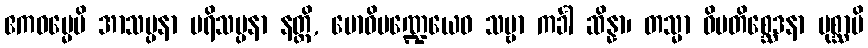
ဧကဓမ္မေပိ အာသပ္ပနာ ပရိသပ္ပနာ နတ္ထိ, ဗောဓိမဏ္ဍေယေဝ သဗ္ဗာ ကင်္ခါ ဆိန္နာ၊ တသ္မာ ဝိမတိစ္ဆေဒနာ ပုစ္ဆာပိ